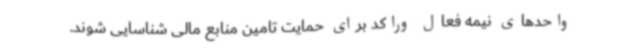
واحدهای نیمه فعال وراکد برای حمایت تامین منابع مالی شناسایی شوند.